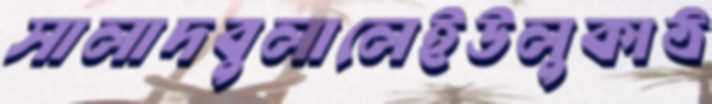
সালাদবুলালেইউলুকাঠ